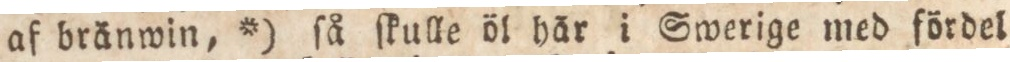
af bränwin, *) ſå ſkulle öl här i Swerige med fördel